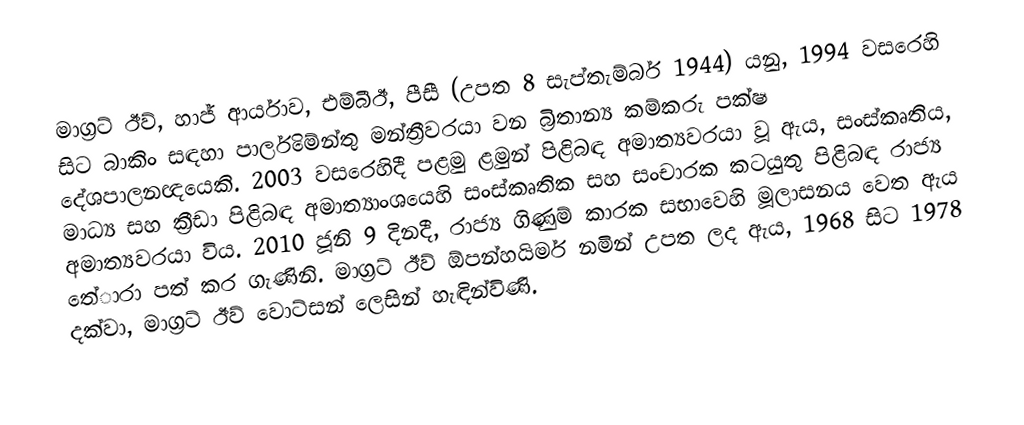
මාග්‍රට් ඊව්, හාජ් ආර්යාව, එම්බීඊ, පීසී (උපත 8 සැප්තැම්බර් 1944) යනු,  1994 වසරෙහි සිට බාකිං සඳහා පාර්ලිමේන්තු මන්ත්‍රීවරයා වන බ්‍රිතාන්‍ය කම්කරු පක්ෂ දේශපාලනඥයෙකි. 2003 වසරෙහිදී පළමු ළමුන් පිළිබඳ අමාත්‍යවරයා වූ ඇය,    සංස්කෘතිය, මාධ්‍ය සහ ක්‍රීඩා පිළිබඳ අමාත්‍යාංශයෙහි  සංස්කෘතික සහ සංචාරක කටයුතු පිළිබඳ රාජ්‍ය අමාත්‍යවරයා විය. 2010 ජූනි 9 දිනදී,  රාජ්‍ය ගිණුම් කාරක සභාවෙහි මූලාසනය වෙත ඇය තේාරා පත් කර ගැණිනි. මාග්‍රට් ඊව් ඕපන්හයිමර් නමින් උපත ලද ඇය, 1968 සිට 1978 දක්වා, මාග්‍රට් ඊව් වොට්සන් ලෙසින් හැඳින්විණි.